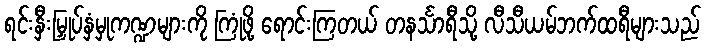
ရင်းနှီးမြှုပ်နှံမှုကဏ္ဍများကို ကြုံဖို့ ရောင်းကြတယ် တနင်္သာရီသို့ လီသီယမ်ဘက်ထရီများသည်